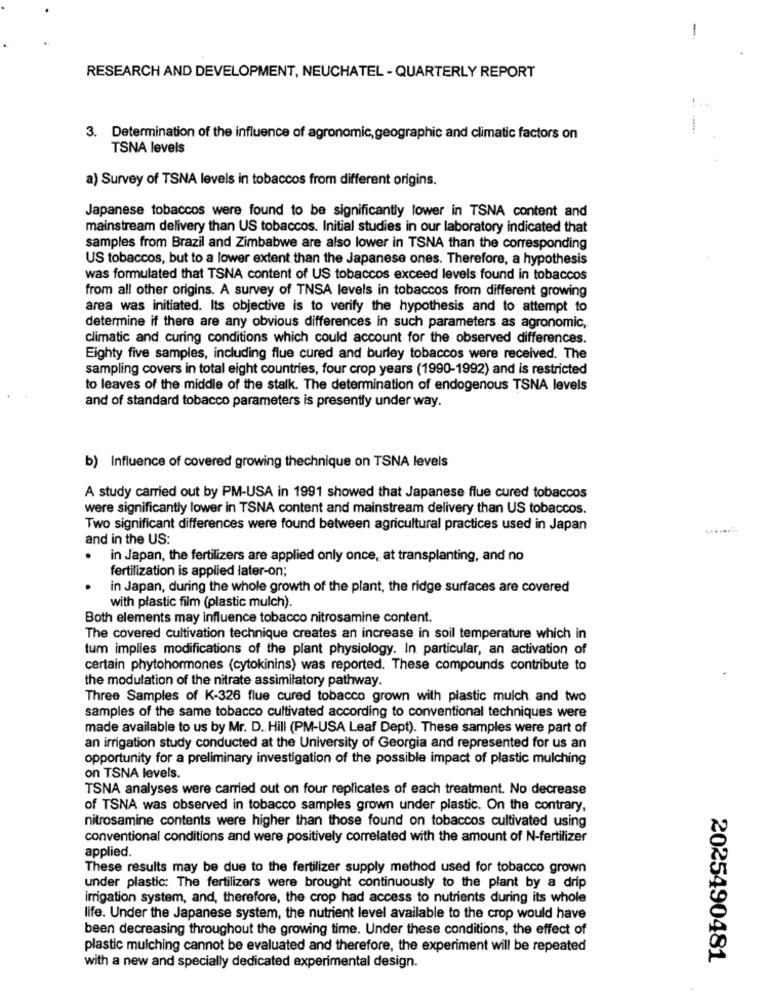
-
RESEARCH AND DEVELOPMENT, NEUCHATEL - QUARTERLY REPORT
3. Determination of the influence of agronomic geographic and climatic factors on
TSNA levels
a) Survey of TSNA levels in tobaccos from different origins.
Japanese tobaccos were found to be significantly lower in TSNA content and
mainstream delivery than US tobaccos. Initial studies in our laboratory indicated that
samples from Brazil and Zimbabwe are also lower in TSNA than the corresponding
US tobaccos, but to a lower extent than the Japanese ones. Therefore, a hypothesis
was formulated that TSNA content of US tobaccos exceed levels found in tobaccos
from all other origins. A survey of TNSA levels in tobaccos from different growing
area was initiated. Its objective is to verify the hypothesis and to attempt to
determine if there are any obvious differences in such parameters as agronomic,
climatic and curing conditions which could account for the observed differences.
Eighty five samples, including flue cured and burley tobaccos were received. The
sampling covers in total eight countries, four crop years (1990-1992) and is restricted
to leaves of the middle of the stalk. The determination of endogenous TSNA levels
and of standard tobacco parameters is presently under way.
b) Influence of covered growing thechnique on TSNA levels
A study carried out by PM-USA in 1991 showed that Japanese flue cured tobaccos
were significantly lower in TSNA content and mainstream delivery than US tobaccos.
Two significant differences were found between agricultural practices used in Japan
------
and in the US:
in Japan, the fertilizers are applied only once, at transplanting, and no
fertilization is applied later-on;
in Japan, during the whole growth of the plant, the ridge surfaces are covered
with plastic film (plastic mulch).
Both elements may influence tobacco nitrosamine content.
The covered cultivation technique creates an increase in soil temperature which in
tum implies modifications of the plant physiology. In particular, an activation of
certain phytohormones (cytokinins) was reported. These compounds contribute to
the modulation of the nitrate assimilatory pathway.
Three Samples of K-326 flue cured tobacco grown with plastic mulch and two
samples of the same tobacco cultivated according to conventional techniques were
made available to us by Mr. D. Hill (PM-USA Leaf Dept). These samples were part of
an irrigation study conducted at the University of Georgia and represented for us an
opportunity for a preliminary investigation of the possible impact of plastic mulching
on TSNA levels.
TSNA analyses were carried out on four replicates of each treatment. No decrease
of TSNA was observed in tobacco samples grown under plastic. On the contrary,
nitrosamine contents were higher than those found on tobaccos cultivated using
conventional conditions and were positively correlated with the amount of N-fertilizer
applied.
These results may be due to the fertilizer supply method used for tobacco grown
under plastic: The fertilizers were brought continuously to the plant by a drip
irrigation system, and, therefore, the crop had access to nutrients during its whole
life. Under the Japanese system, the nutrient level available to the crop would have
been decreasing throughout the growing time. Under these conditions, the effect of
plastic mulching cannot be evaluated and therefore, the experiment will be repeated
2025490481
with a new and specially dedicated experimental design.